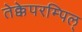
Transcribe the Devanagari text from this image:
तेक्केपरम्पिल्